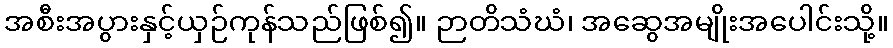
အစီးအပွားနှင့်ယှဉ်ကုန်သည်ဖြစ်၍။ ဉာတိသံဃံ၊ အဆွေအမျိုးအပေါင်းသို့။